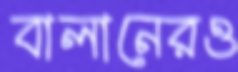
বালানেরও